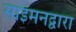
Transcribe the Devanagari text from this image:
साइमनद्वारा